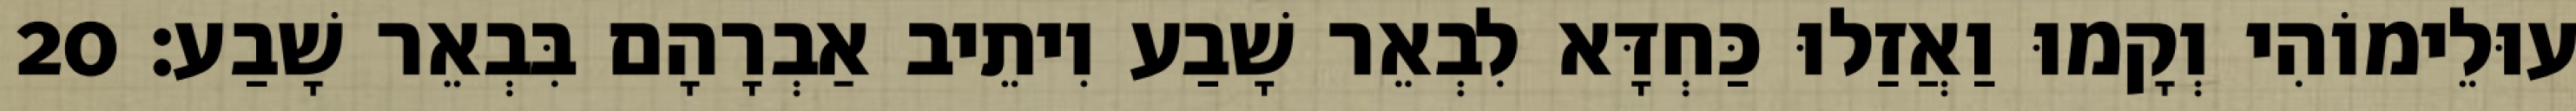
עוּלֵימוֹהִי וְקָמוּ וַאֲזַלוּ כַּחְדָּא לִבְאֵר שָׁבַע וִיתֵיב אַבְרָהָם בִּבְאֵר שָׁבַע׃ 20